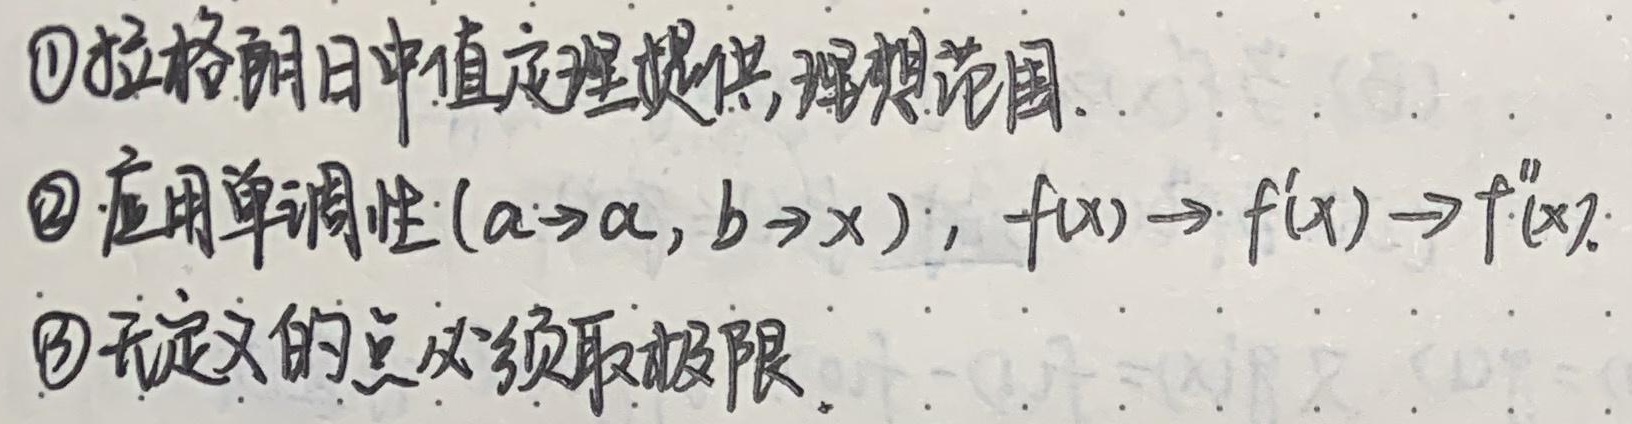
\textcircled{1} 拉格朗日中值定理提供理想范围。
\textcircled{2} 应用单调性\((a \to \alpha,b \to x)\)，\(f(x)\to f'(x)\to f''(x)\)。
\textcircled{3} 无定义的点必须取极限 。